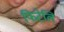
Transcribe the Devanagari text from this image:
फिटेलि